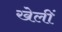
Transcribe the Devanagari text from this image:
खेलीं